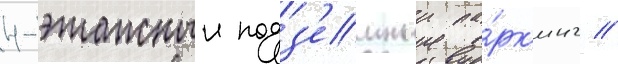
4-этажныи подз'емныи па́рк'инг //